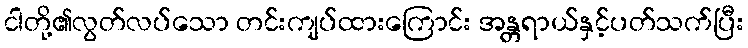
ငါတို့၏လွတ်လပ်သော တင်းကျပ်ထားကြောင်း အန္တရာယ်နှင့်ပတ်သက်ပြီး